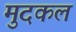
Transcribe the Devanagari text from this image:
मुदकल